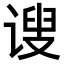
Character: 𫍲